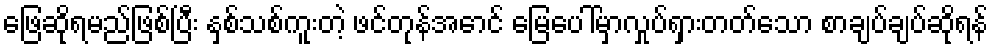
ဖြေဆိုရမည်ဖြစ်ပြီး နှစ်သစ်ကူးတဲ့ ဖင်တုန်အောင် မြေပေါ်မှာလှုပ်ရှားတတ်သော စာချပ်ချပ်ဆိုရန်